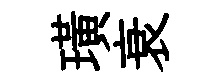
璜衰